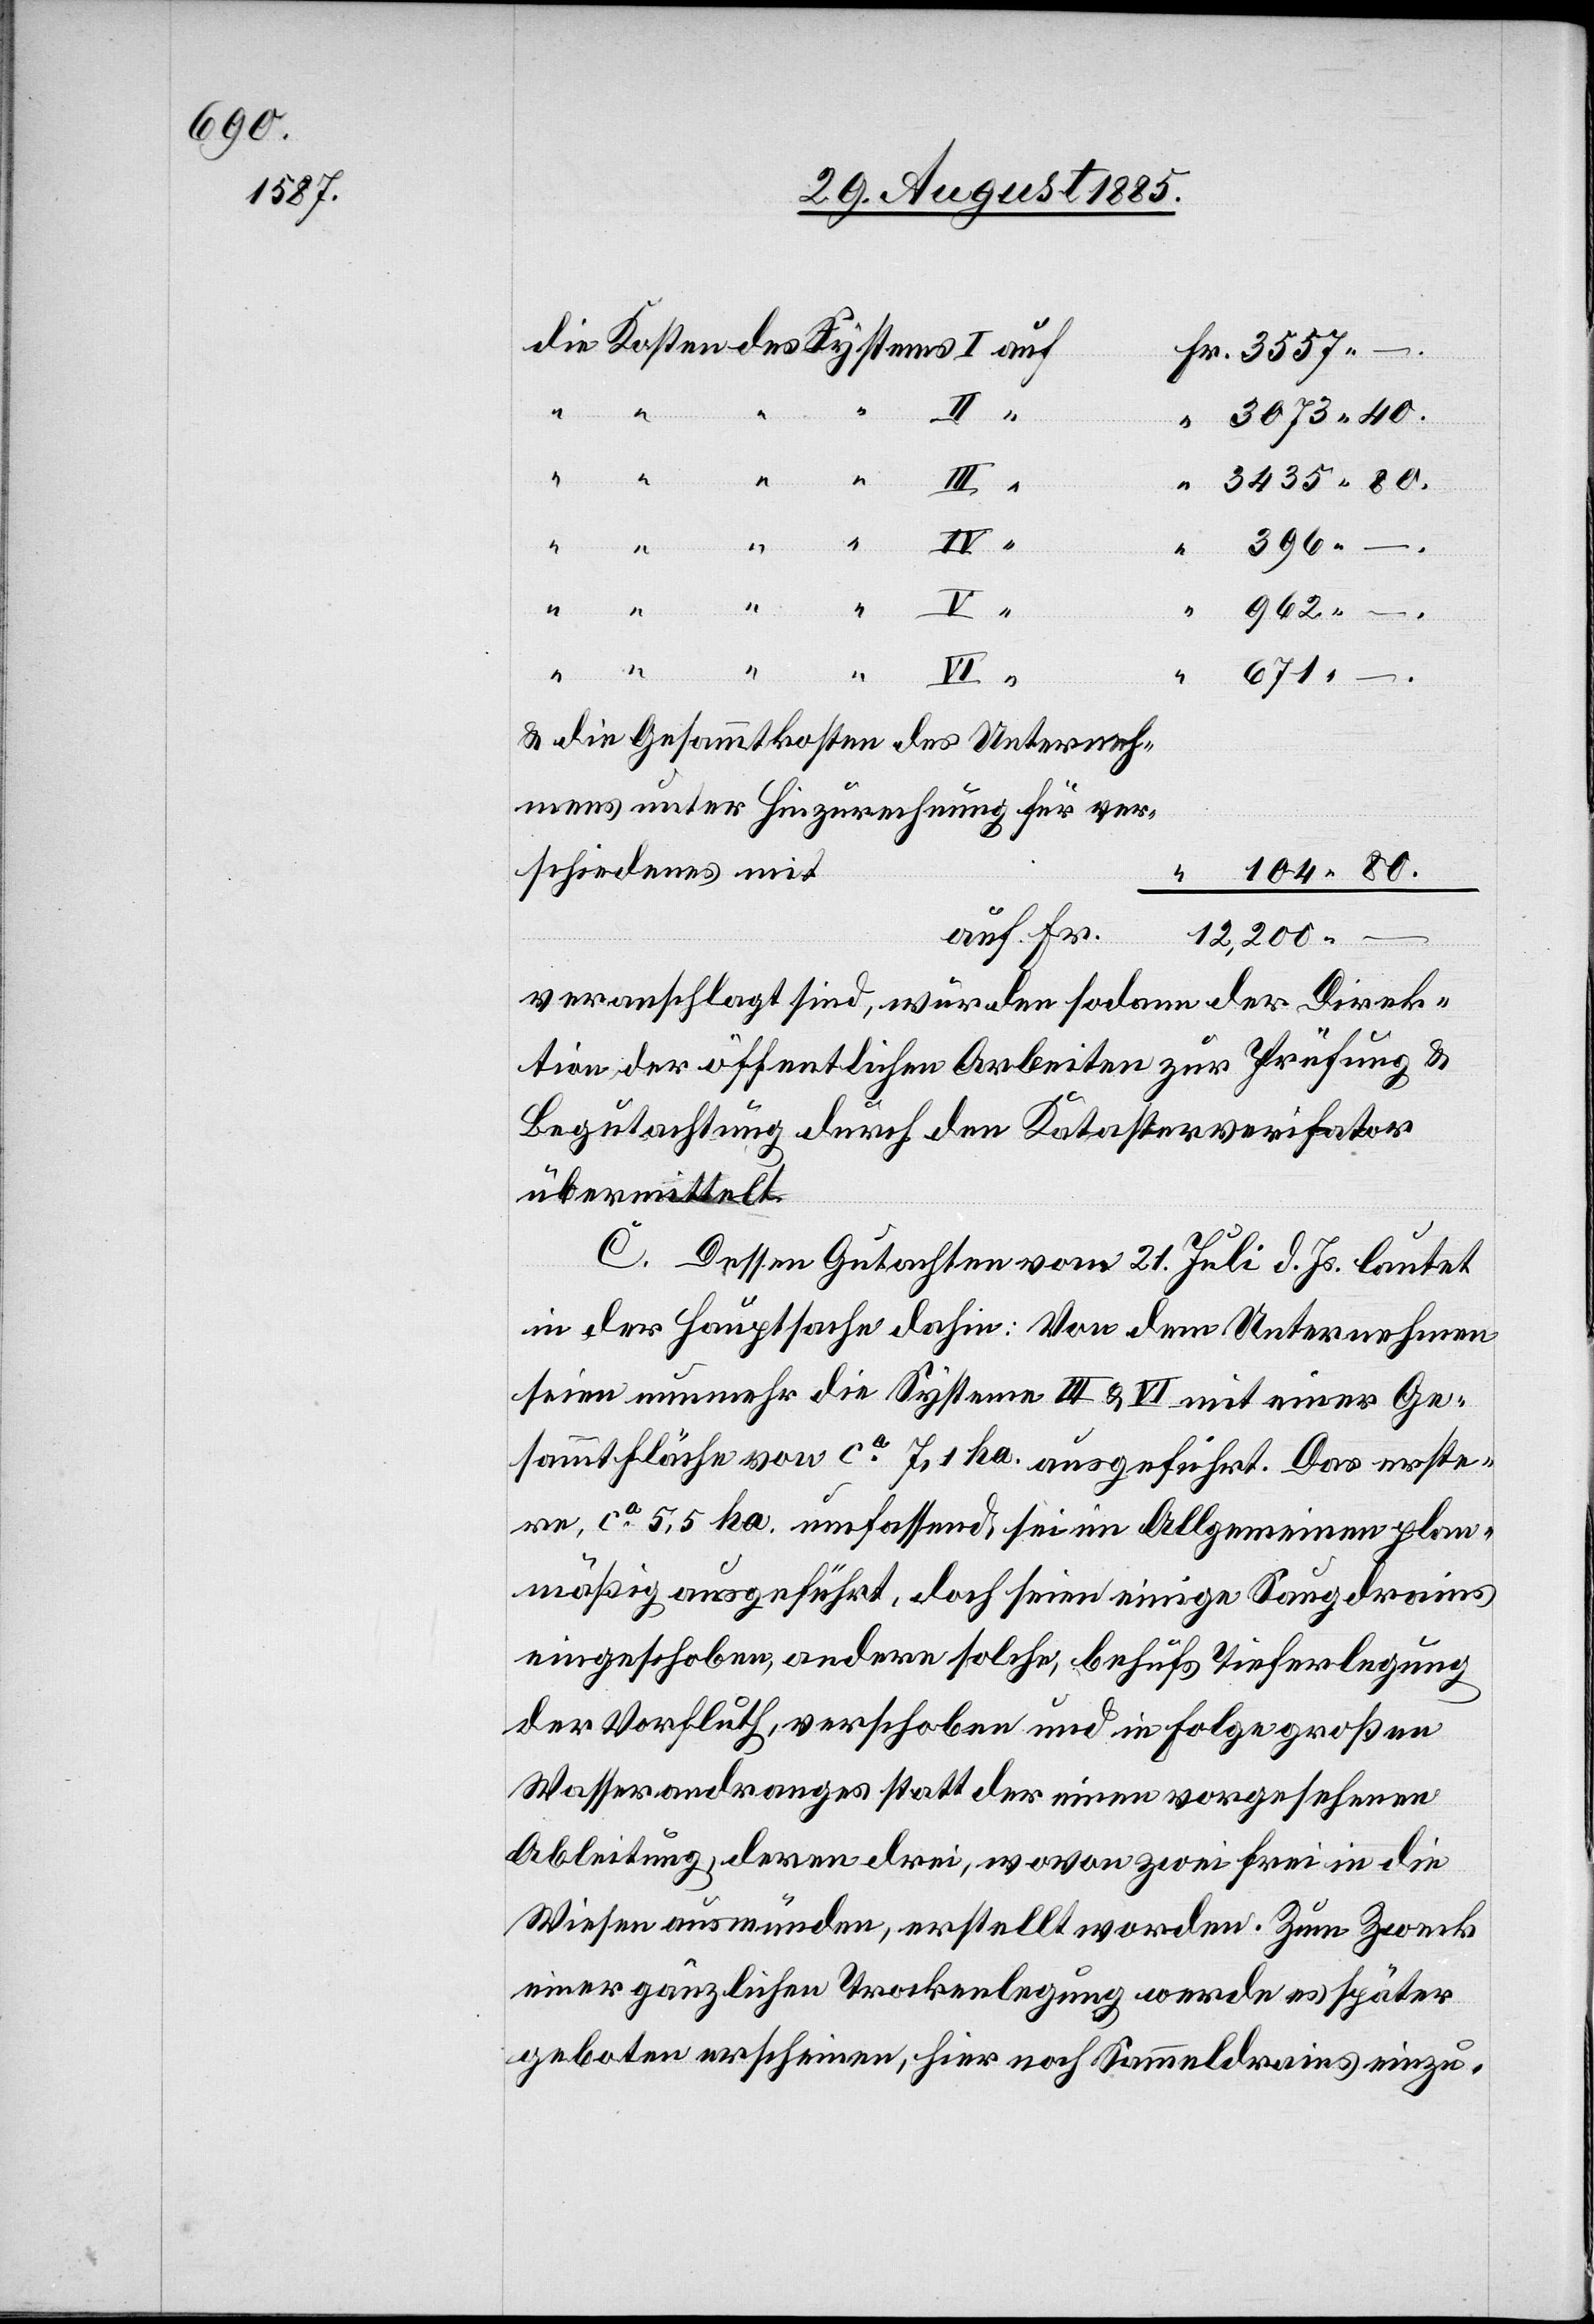
80.

Fr.
“
962
671
& die Gesammtkosten des Unterneh¬
mens unter Hinzurechnung für ver¬
schiedenes mit
auf
12,200
veranschlagt sind, wurden sodann der Direk¬
tion der öffentlichen Arbeiten zur Prüfung &
Begutachtung durch den Katasterverifikator
übermittelt.
C. Dessen Gutachten vom 21. Juli d. Js. lautet
in der Hauptsache dahin: Von dem Unternehmen
seien nunmehr die Systeme III & VI mit einer Ge¬
sammtfläche von ca 7,1 ha. ausgeführt. Das erste¬
re, ca5,5 ha. umfassend sei im Allgemeinen plän¬
mäßig ausgeführt, doch seien einige Saugdrains
eingeschoben, andere solche, behufs Tieferlegung
der Vorfluth, verschoben und in Folge großen
Wasserandranges statt der einen vorgesehenen
Ableitung, deren drei, wovon zwei frei in die
Wiesen ausmünden, erstellt worden. Zum Zweck
einer gänzlichen Trockenlegung werde es später
geboten erscheinen, hier noch Sammeldrains einzu-

Kosten